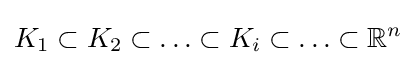
K_{1}\subset K_{2}\subset \ldots \subset K_{i}\subset \ldots \subset \mathbb {R} ^{n}